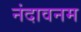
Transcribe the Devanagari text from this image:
नंदावनम